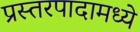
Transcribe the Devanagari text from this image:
प्रस्तरपादामध्ये